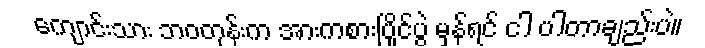
ကျောင်းသား ဘဝတုန်းက အားကစားပြိုင်ပွဲ မှန်ရင် ငါ ပါတာချည်းပဲ။